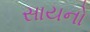
સાયનો